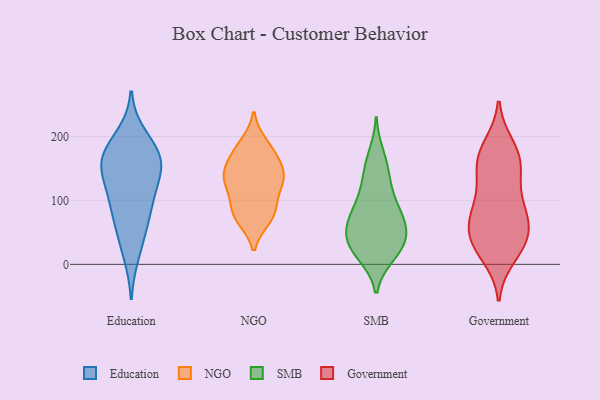
{"axis": {"x": "Backlog", "y": "Value"}, "legend": ["Education", "Government", "NGO", "SMB"], "data": [{"x": "", "y": 159, "type": "Education"}, {"x": "", "y": 16, "type": "Education"}, {"x": "", "y": 118, "type": "Education"}, {"x": "", "y": 100, "type": "Education"}, {"x": "", "y": 171, "type": "Education"}, {"x": "", "y": 200, "type": "Education"}, {"x": "", "y": 50, "type": "Education"}, {"x": "", "y": 94, "type": "Education"}, {"x": "", "y": 69, "type": "Education"}, {"x": "", "y": 149, "type": "Education"}, {"x": "", "y": 163, "type": "Education"}, {"x": "", "y": 149, "type": "Education"}, {"x": "", "y": 179, "type": "Education"}, {"x": "", "y": 184, "type": "NGO"}, {"x": "", "y": 130, "type": "NGO"}, {"x": "", "y": 189, "type": "NGO"}, {"x": "", "y": 133, "type": "NGO"}, {"x": "", "y": 136, "type": "NGO"}, {"x": "", "y": 167, "type": "NGO"}, {"x": "", "y": 89, "type": "NGO"}, {"x": "", "y": 75, "type": "NGO"}, {"x": "", "y": 121, "type": "NGO"}, {"x": "", "y": 148, "type": "NGO"}, {"x": "", "y": 71, "type": "NGO"}, {"x": "", "y": 165, "type": "NGO"}, {"x": "", "y": 98, "type": "NGO"}, {"x": "", "y": 74, "type": "NGO"}, {"x": "", "y": 139, "type": "NGO"}, {"x": "", "y": 106, "type": "SMB"}, {"x": "", "y": 73, "type": "SMB"}, {"x": "", "y": 28, "type": "SMB"}, {"x": "", "y": 51, "type": "SMB"}, {"x": "", "y": 105, "type": "SMB"}, {"x": "", "y": 63, "type": "SMB"}, {"x": "", "y": 171, "type": "SMB"}, {"x": "", "y": 139, "type": "SMB"}, {"x": "", "y": 81, "type": "SMB"}, {"x": "", "y": 53, "type": "SMB"}, {"x": "", "y": 19, "type": "SMB"}, {"x": "", "y": 149, "type": "SMB"}, {"x": "", "y": 28, "type": "SMB"}, {"x": "", "y": 30, "type": "SMB"}, {"x": "", "y": 66, "type": "SMB"}, {"x": "", "y": 15, "type": "SMB"}, {"x": "", "y": 143, "type": "Government"}, {"x": "", "y": 167, "type": "Government"}, {"x": "", "y": 28, "type": "Government"}, {"x": "", "y": 107, "type": "Government"}, {"x": "", "y": 82, "type": "Government"}, {"x": "", "y": 185, "type": "Government"}, {"x": "", "y": 84, "type": "Government"}, {"x": "", "y": 160, "type": "Government"}, {"x": "", "y": 39, "type": "Government"}, {"x": "", "y": 175, "type": "Government"}, {"x": "", "y": 40, "type": "Government"}, {"x": "", "y": 52, "type": "Government"}, {"x": "", "y": 72, "type": "Government"}, {"x": "", "y": 145, "type": "Government"}, {"x": "", "y": 77, "type": "Government"}, {"x": "", "y": 13, "type": "Government"}, {"x": "", "y": 31, "type": "Government"}]}